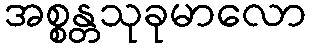
အစ္စန္တသုခုမာလော